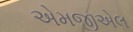
એમજીએલ